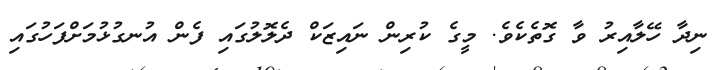
ނިދާ ހޭލާއިރު ވާ ގޮތެކެވެ. މީގެ ކުރިން ނައިޒަކް ދެލޮލުގައި ފެން އުނގުޅުމަށްފަހުގައި